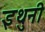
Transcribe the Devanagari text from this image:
इथुनी